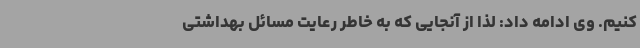
کنیم. وی ادامه داد: لذا از آنجایی که به خاطر رعایت مسائل بهداشتی